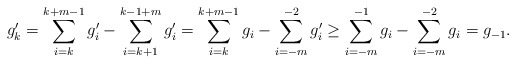
\begin{align*}g'_k=\sum_{i=k}^{k+m-1}g'_i -\sum_{i=k+1}^{k-1+m}g'_i= \sum_{i=k}^{k+m-1}g_i -\sum_{i=-m}^{-2}g'_i \ge \sum_{i=-m}^{-1}g_i-\sum_{i=-m}^{-2}g_i=g_{-1}. \end{align*}